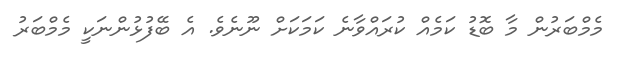
މެމްބަރުން މާ ބޮޑު ކަމެއް ކުރައްވާނެ ކަމަކަށް ނޫނެވެ. އެ ބޭފުޅުންނަކީ މެމްބަރު